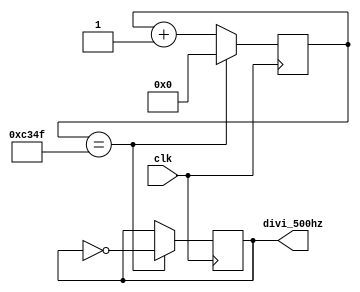
module divi_500hz(clk,divi_500hz); 
  input clk; 
  output reg divi_500hz; 
  reg [24:0] count_reg1; //25
  always@(posedge clk)
    if(count_reg1==25'd49999) //50Mhz / 500hz/ 2 - 1
      begin
        divi_500hz <= ~ divi_500hz; //
        count_reg1 <= 25'd0; //
      end
    else
      begin 
        count_reg1 <= count_reg1 + 25'd1;
      end
endmodule